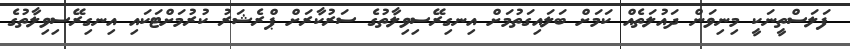
ފަލަސްތީނަކީ މިނިވަން ދައުލަތެއް ކަމަށް ބަލައިގަތުމަށް އިނގިރޭސިވިލާތުގެ ސަރުކާރަށް ޕްރެޝަރު ކުރުމަށްޓަކައި އިނގިރޭސިވިލާތުގެ